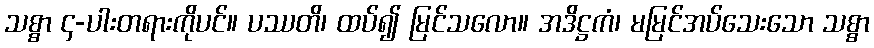
သစ္စာ ၄-ပါးတရားကိုပင်။ ပဿတိ၊ ထပ်၍ မြင်သလော။ အဒိဋ္ဌကံ၊ မမြင်အပ်သေးသော သစ္စာ